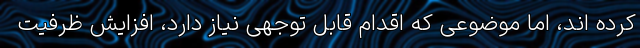
کرده اند، اما موضوعی که اقدام قابل توجهی نیاز دارد، افزایش ظرفیت